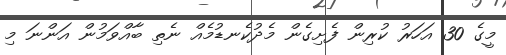
މީގެ 30 އަހަރު ކުރިން ފެށިގެން މެދުކެނޑުމެއް ނެތި ބާއްވަމުން އަންނަ މި